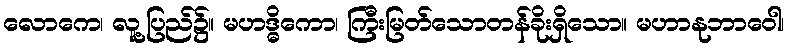
လောကေ၊ လူ့ပြည်၌။ မဟဒ္ဓိကော၊ ကြီးမြတ်သောတန်ခိုးရှိသော။ မဟာနုဘာဝေါ၊